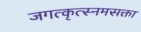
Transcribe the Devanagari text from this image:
जगत्कृत्स्नमसक्ता